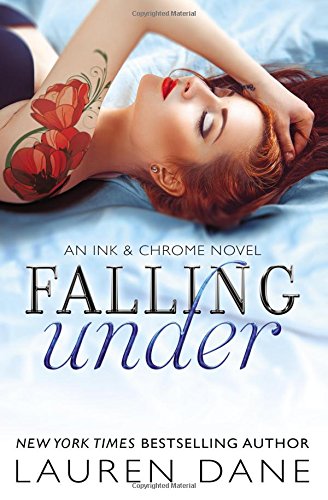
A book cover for Falling Under (Ink & Chrome); Lauren Dane; Romance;